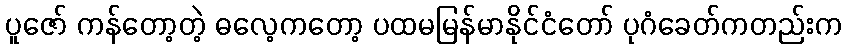
ပူဇော် ကန်တော့တဲ့ ဓလေ့ကတော့ ပထမမြန်မာနိုင်ငံတော် ပုဂံခေတ်ကတည်းက